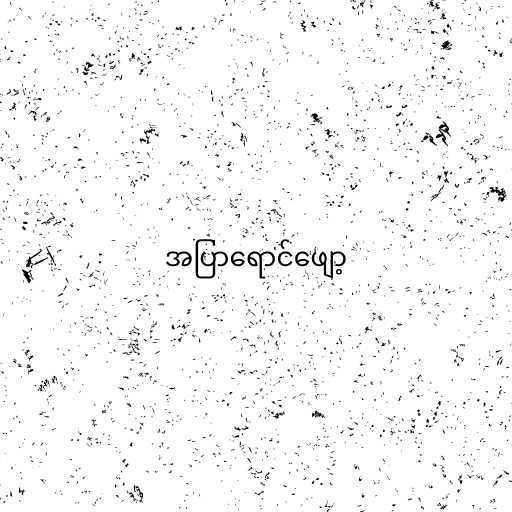
အပြာရောင်ဖျော့